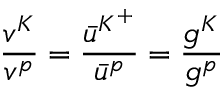
\frac { v ^ { K } } { v ^ { p } } = \frac { \bar { u } ^ { K ^ { + } } } { \bar { u } ^ { p } } = \frac { g ^ { K } } { g ^ { p } }